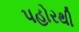
પહોરથી